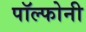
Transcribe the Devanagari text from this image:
पॉल्फोनी